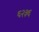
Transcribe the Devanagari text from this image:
६२३६